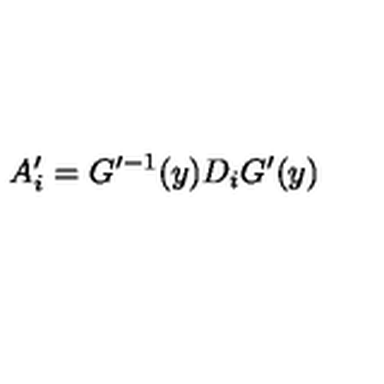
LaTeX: A _ { i } ^ { \prime } = G ^ { \prime - 1 } ( y ) D _ { i } G ^ { \prime } ( y )